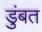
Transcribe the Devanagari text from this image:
डुंबत